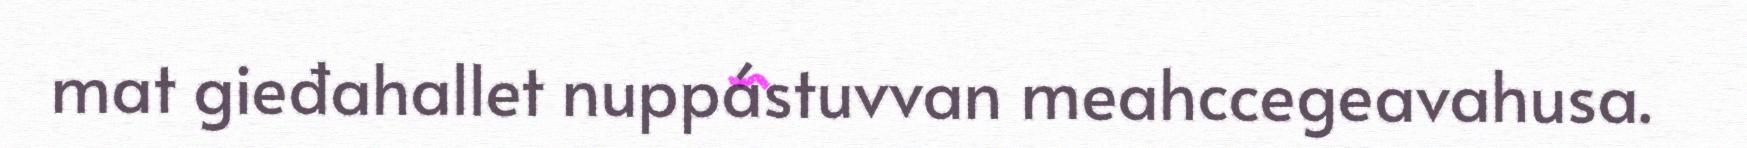
mat gieđahallet nuppástuvvan meahccegeavahusa.